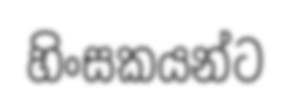
හිංසකයන්ට